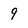
Character: 9